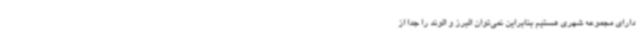
دارای مجموعه شهری هستیم بنابراین نمی‌توان البرز و الوند را جدا از